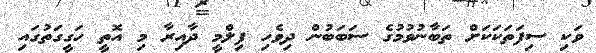
ވަކި ސިފަތަކަކަށް ތަބާނުވުމުގެ ސަބަބުން ދިވެހި ފިލްމީ ދާއިރާ މި އޮތީ ހަގީގަތުގައި